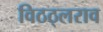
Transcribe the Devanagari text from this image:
विठठ्लराव